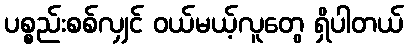
ပစ္စည်းစစ်လျှင် ဝယ်မယ့်လူတွေ ရှိပါတယ်